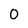
Character: 0